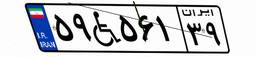
۵۹W۵۶۱۳۹